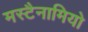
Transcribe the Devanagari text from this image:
मस्टैनामियो